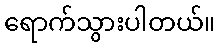
ရောက်သွားပါတယ်။